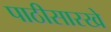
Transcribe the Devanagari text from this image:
पाठीसारखे